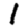
Digit: 1